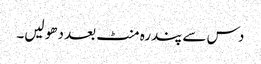
دس سے پندرہ منٹ بعد دھو لیں۔